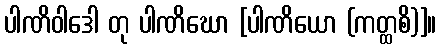
ပါဏိဝါဒေါ တု ပါဏိဃော [ပါဏိယော (ကတ္ထစိ)]။